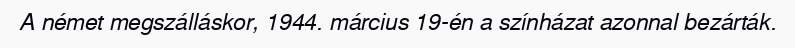
A német megszálláskor, 1944. március 19-én a színházat azonnal bezárták.